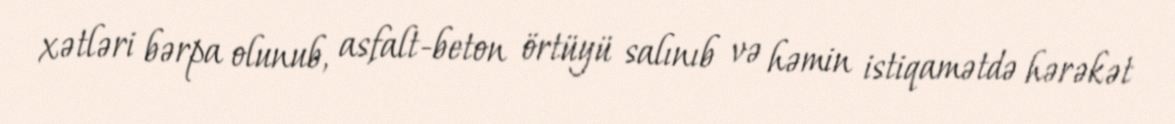
xətləri bərpa olunub, asfalt-beton örtüyü salınıb və həmin istiqamətdə hərəkət